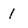
Character: 1